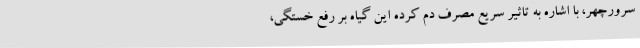
سرورچهر، با اشاره به تاثیر سریع مصرف دم کرده این گیاه بر رفع خستگی،